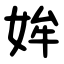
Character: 㛌